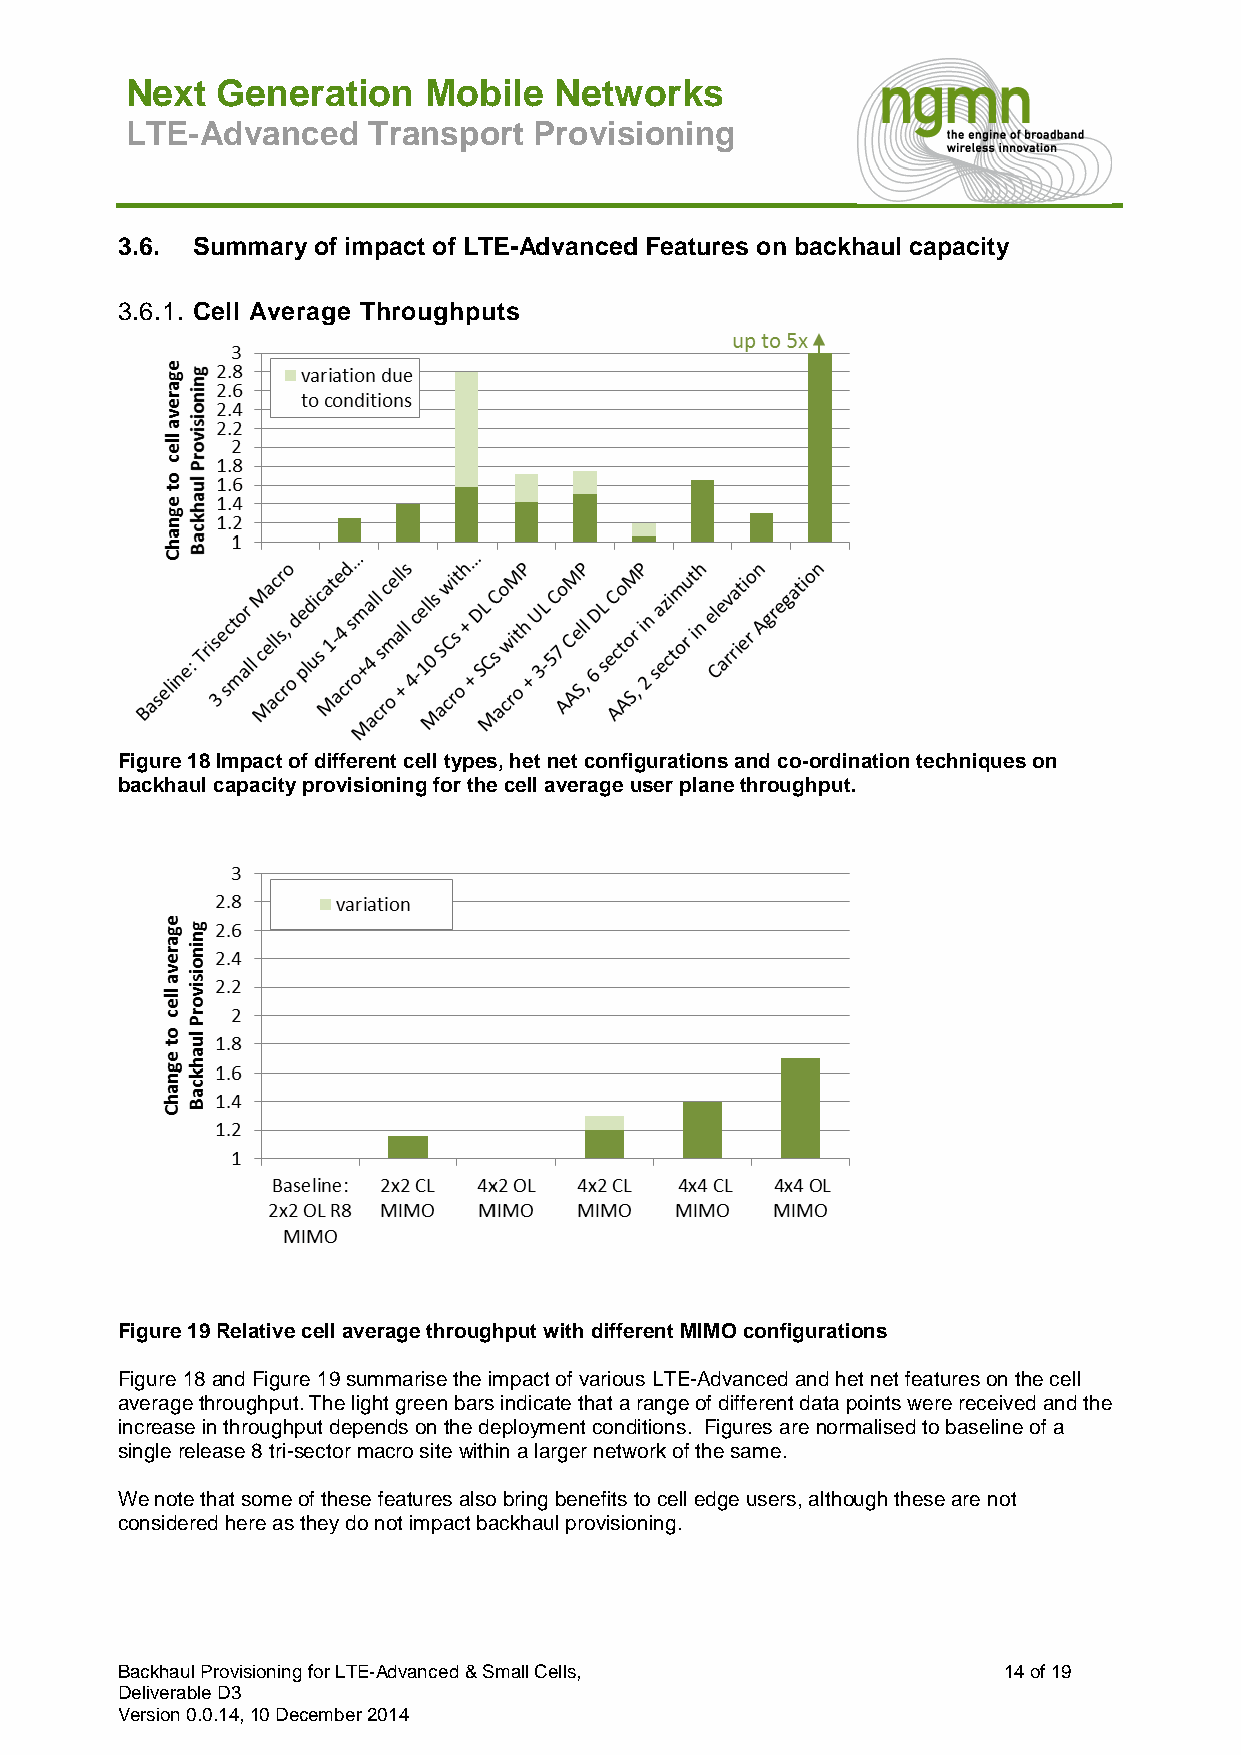
Next  Generation    Mobile   Networks
 LTE-Advanced    Transport  Provisioning
 3.6. Summary of impact of LTE-Advanced Features on backhaul capacity
 3.6.1. Cell Average Throughputs
 Figure 18 Impact of different cell types, het net configurations and co-ordination techniques on
 backhaul capacity provisioning for the cell average user plane throughput.
 Figure 19 Relative cell average throughput with different MIMO configurations
 Figure 18 and Figure 19 summarise the impact of various LTE-Advanced and het net features on the cell
 average throughput. The light green bars indicate that a range of different data points were received and the
 increase in throughput depends on the deployment conditions. Figures are normalised to baseline of a
 single release 8 tri-sector macro site within a larger network of the same.
 We note that some of these features also bring benefits to cell edge users, although these are not
 considered here as they do not impact backhaul provisioning.
 Backhaul Provisioning for LTE-Advanced & Small Cells,     14 of 19
 Deliverable D3
 Version 0.0.14, 10 December 2014